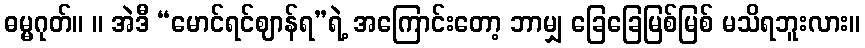
ဓမ္မဂုတ်။ ။ အဲဒီ “မောင်ရင်ဈာန်ရ”ရဲ့ အကြောင်းတော့ ဘာမျှ ခြေခြေမြစ်မြစ် မသိရဘူးလား။